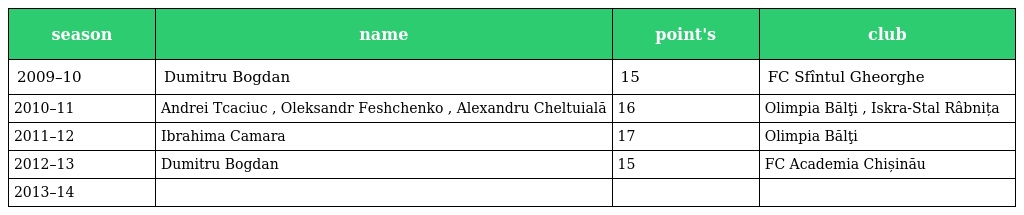
| season | name | point's | club |
 | --- | --- | --- | --- |
 | 2009–10 | Dumitru Bogdan | 15 | FC Sfîntul Gheorghe |
 | 2010–11 | Andrei Tcaciuc , Oleksandr Feshchenko , Alexandru Cheltuială | 16 | Olimpia Bălţi , Iskra-Stal Râbnița |
 | 2011–12 | Ibrahima Camara | 17 | Olimpia Bălţi |
 | 2012–13 | Dumitru Bogdan | 15 | FC Academia Chișinău |
 | 2013–14 |  |  |  |